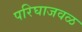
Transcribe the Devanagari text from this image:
परिघाजवळ